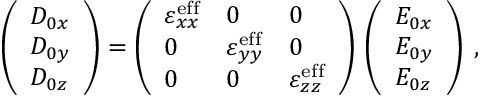
\left( \begin{array} { l } { D _ { 0 x } } \\ { D _ { 0 y } } \\ { D _ { 0 z } } \end{array} \right) = \left( \begin{array} { l l l } { \varepsilon _ { x x } ^ { \mathrm { e f f } } } & { 0 } & { 0 } \\ { 0 } & { \varepsilon _ { y y } ^ { \mathrm { e f f } } } & { 0 } \\ { 0 } & { 0 } & { \varepsilon _ { z z } ^ { \mathrm { e f f } } } \end{array} \right) \, \left( \begin{array} { l } { E _ { 0 x } } \\ { E _ { 0 y } } \\ { E _ { 0 z } } \end{array} \right) \: ,